Civil Veterinary Dept. Assam report 1927-50 - 1927-1950
Year: 1927
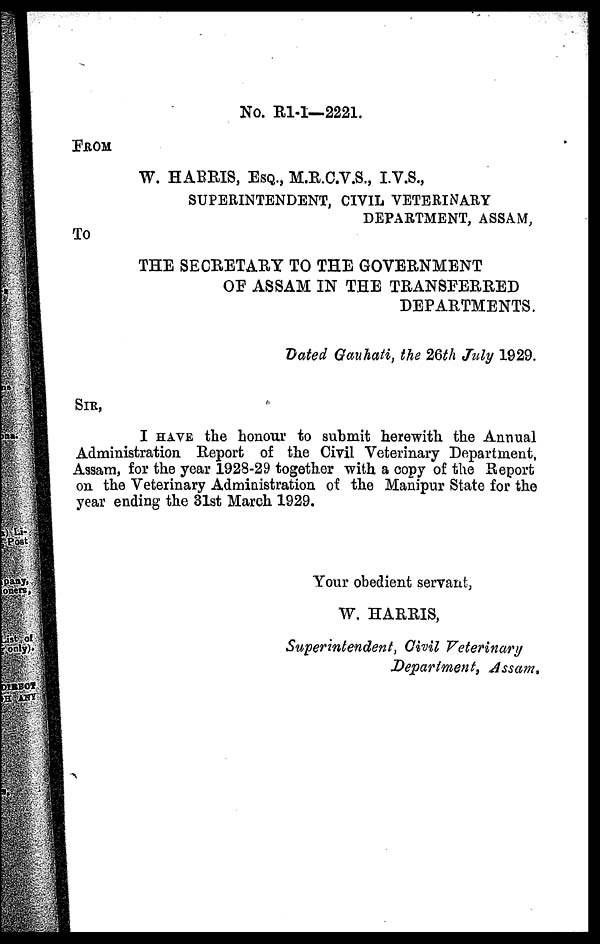
No. Rl-1—2221.
FROM
W. HARRIS, ESQ., M.R.C.V.S., I.V.S.,
SUPERINTENDENT, CIVIL VETERINARY
DEPARTMENT, ASSAM,
TO
THE SECRETARY TO THE GOVERNMENT
OF ASSAM IN THE TRANSEERRED
DEPARTMENTS.
Dated Gauhati, the 26th July 1929.
SIR,
I HAVE the honour to submit herewith the Annual
Administration Report of the Civil Veterinary Department,
Assam, for the year 1928-29 together with a copy of the Report
on the Veterinary Administration of the Manipur State for the
year ending the 31st March 1929.
Your obedient servant,
W. HARRIS,
Superintendent, Civil Veterinary
Department, Assam.